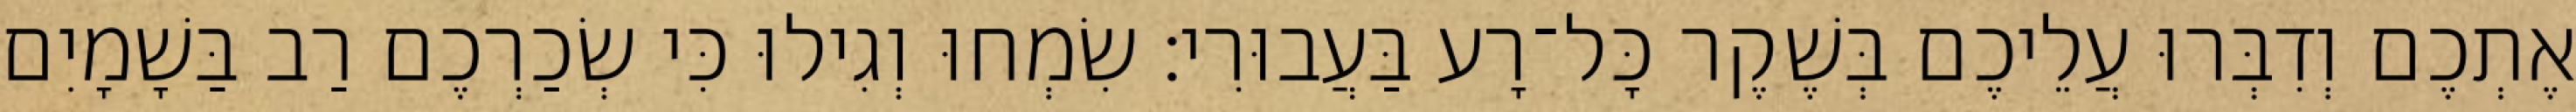
אֶתְכֶם וְדִבְּרוּ עֲלֵיכֶם בְּשֶׁקֶר כָּל־רָע בַּעֲבוּרִי׃ שִׂמְחוּ וְגִילוּ כִּי שְׂכַרְכֶם רַב בַּשָׁמָיִם